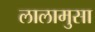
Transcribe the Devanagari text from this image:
लालामुसा